Vaccination in Bombay 1874-1876 - 1874-1876
Year: 1874
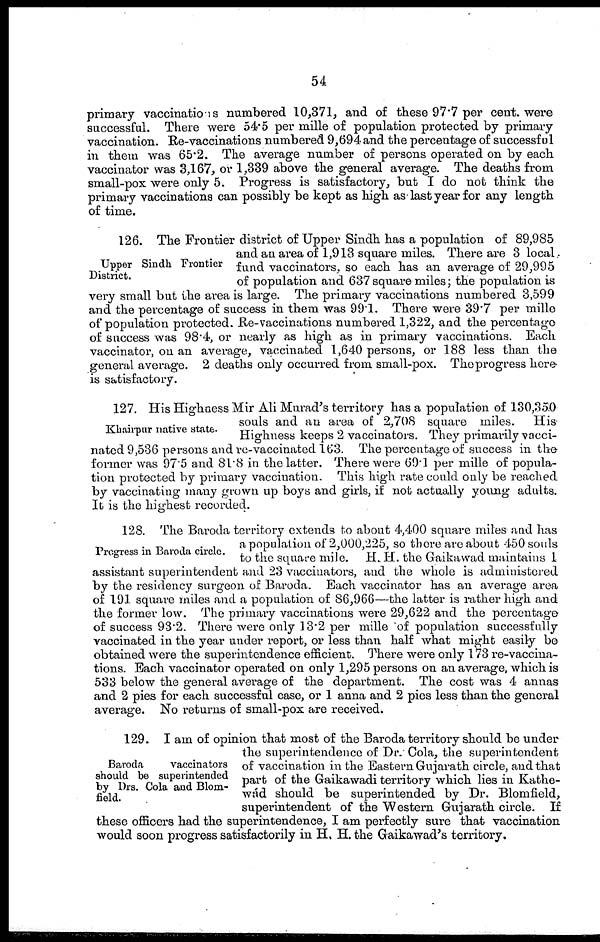
54
primary vaccinations numbered 10,371, and of these 97.7 per cent, were
successful. There were 54.5 per mille of population protected by primary
vaccination. Re-vaccinations numbered 9,694 and the percentage of successful
in them was 65.2. The average number of persons operated on by each
vaccinator was 3,167, or 1,339 above the general average. The deaths from
small-pox were only 5. Progress is satisfactory, but I do not think the
primary vaccinations can possibly be kept as high as last year for any length
of time.
Upper Sindh Frontier
District.
126. The Frontier district of Upper Sindh has a population of 89,985
and an area of 1,913 square miles. There are 3 local,
fund vaccinators, so each has an average of 29,995
of population and 637 square miles; the population is
very small but the area is large. The primary vaccinations numbered 3,599
and the percentage of success in them was 99.1. There were 39.7 per mille
of population protected. Re-vaccinations numbered 1,322, and the percentage
of success was 98.4, or nearly as high as in primary vaccinations. Each
vaccinator, on an average, vaccinated 1,640 persons, or 188 less than the
general average. 2 deaths only occurred from small-pox. The progress here
is satisfactory.
Khairpur native state.
127. His Highness Mir Ali Murad's territory has a population of 130,350
souls and an area of 2,708 square miles.
His
Highness keeps 2 vaccinators. They primarily vacci-
nated 9,536 persons and re-vaccinated 163. The percentage of success in the
former was 97.5 and 81.8 in the latter. There were 69.1 per mille of popula-
tion protected by primary vaccination. This high rate could only be reached
by vaccinating many grown up boys and girls, if not actually young adults.
It is the highest recorded.
Progress in Baroda circle.
128. The Baroda territory extends to about 4,400 square miles and has
a population of 2,000,225, so there are about 450 souls
to the square mile.
H. H. the Gaikawad maintains 1
assistant superintendent and 23 vaccinators, and the whole is administered
by the residency surgeon of Baroda. Each vaccinator has an average area
of 191 square miles and a population of 86,966—the latter is rather high and
the former low. The primary vaccinations were 29,622 and the percentage
of success 93.2. There were only 13.2 per mille of population successfully
vaccinated in the year under report, or less than half what might easily be
obtained were the superintendence efficient. There were only 173 re-vaccina-
tions. Each vaccinator operated on only 1,295 persons on an average, which is
533 below the general average of the department. The cost was 4 annas
and 2 pies for each successful case, or 1 anna and 2 pies less than the general
average. No returns of small-pox are received.
Baroda
vaccinators
should be superintended
by Drs. Cola and Blom¬
field.
129. I am of opinion that most of the Baroda territory should be under
the superintendence of Dr. Cola, the superintendent
of vaccination in the Eastern Gujarath circle, and that
part of the Gaikawadi territory which lies in Kathe¬
wád should be superintended by Dr. Blomfield,
superintendent of the Western Gujarath circle. If
these officers had the superintendence, I am perfectly sure that vaccination
would soon progress satisfactorily in H, H. the Gaikawad's territory.